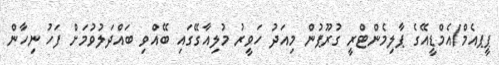
ޕީޕއެމް/އެމްޑީއޭގެ ޕާލިމެންޓްރީ ގުރޫޕުން މިއަދު ހަވީރު މުލިއާގޭގައި ބޭއްވި ބައްދަލުވުމަށް ފަހު ނިހާން